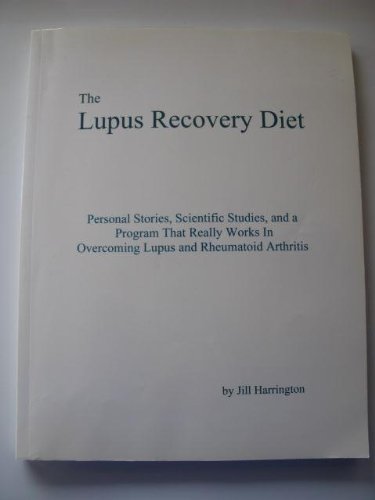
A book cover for The Lupus Recovery Diet, Personal Stories, Scientific Studies, and a Program That Really Works in Overcoming Lupus and Rheumatoid Arthritis; Jill Harrington; Health, Fitness & Dieting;